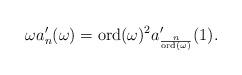
LaTeX: \begin{align*}\omega a_n'(\omega) = \mathrm{ord}(\omega)^2 a_{\frac{n}{\mathrm{ord}(\omega)}}'(1).\end{align*}